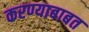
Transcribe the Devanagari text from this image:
करण्‍याबाबत